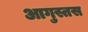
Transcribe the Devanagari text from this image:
आगुस्तस